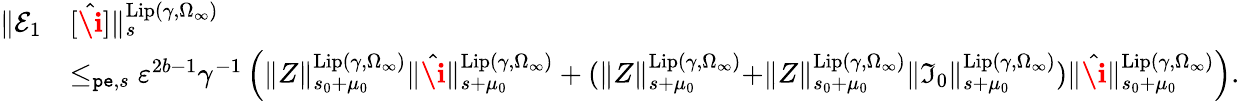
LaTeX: \begin{array}{rl}{\rVert\mathcal{E}_{1}}&{[\hat{\textbf{\i}}]\rVert_{s}^{\mathrm{Lip}(\gamma,\Omega_{\infty})}}\\ &{\le_{\mathtt{pe},s}\varepsilon^{2b-1}\gamma^{-1}\left(\rVert Z\rVert_{s_{0}+\mu_{0}}^{\mathrm{Lip}(\gamma,\Omega_{\infty})}\rVert\hat{\textbf{\i}}\rVert_{s+\mu_{0}}^{\mathrm{Lip}(\gamma,\Omega_{\infty})}+(\rVert Z\rVert_{s+\mu_{0}}^{\mathrm{Lip}(\gamma,\Omega_{\infty})}+\rVert Z\rVert_{s_{0}+\mu_{0}}^{\mathrm{Lip}(\gamma,\Omega_{\infty})}\rVert\mathfrak{I}_{0}\rVert_{s+\mu_{0}}^{\mathrm{Lip}(\gamma,\Omega_{\infty})})\rVert\hat{\textbf{\i}}\rVert_{s_{0}+\mu_{0}}^{\mathrm{Lip}(\gamma,\Omega_{\infty})}\right).}\end{array}